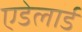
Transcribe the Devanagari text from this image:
एडेलार्ड